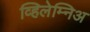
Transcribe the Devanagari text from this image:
व्हिलेम्निअ